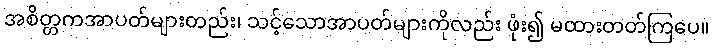
အစိတ္တကအာပတ်များတည်း၊ သင့်သောအာပတ်များကိုလည်း ဖုံး၍ မထားတတ်ကြပေ။